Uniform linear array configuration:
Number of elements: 32
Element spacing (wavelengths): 1
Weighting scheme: hann
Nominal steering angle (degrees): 15
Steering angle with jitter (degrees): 14.975
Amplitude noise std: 0.05
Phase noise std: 0.05

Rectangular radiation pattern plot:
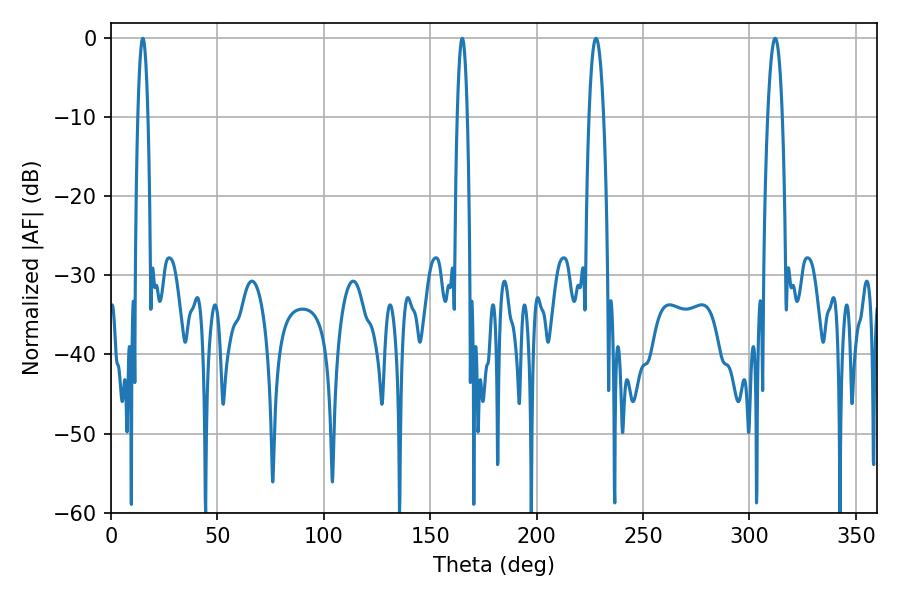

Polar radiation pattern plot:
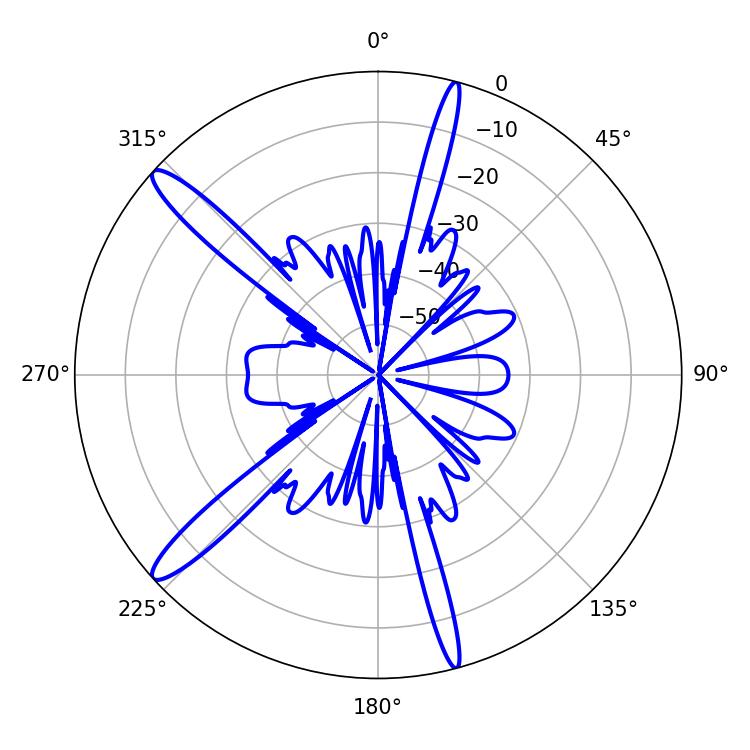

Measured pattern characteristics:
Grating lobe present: TRUE
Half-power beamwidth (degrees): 2.52
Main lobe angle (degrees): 165.06